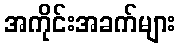
အကိုင်းအခက်များ